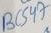
Text: BCS47